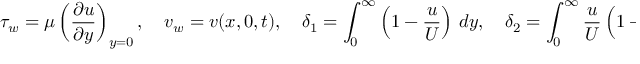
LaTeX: \tau _ { w } = \mu \left( { \frac { \partial u } { \partial y } } \right) _ { y = 0 } , \quad v _ { w } = v ( x , 0 , t ) , \quad \delta _ { 1 } = \int _ { 0 } ^ { \infty } \left( 1 - { \frac { u } { U } } \right) \, d y , \quad \delta _ { 2 } = \int _ { 0 } ^ { \infty } { \frac { u } { U } } \left( 1 - { \frac { u } { U } } \right) \, d y